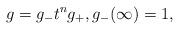
LaTeX: \begin{align*} g=g_- t^n g_+,g_-(\infty)=1,\end{align*}